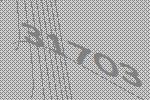
31703